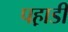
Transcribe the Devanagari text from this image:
पह़ाडी